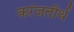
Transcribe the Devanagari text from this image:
करंजतीर्थ